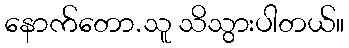
နောက်တော.သူ သိသွားပါတယ်။